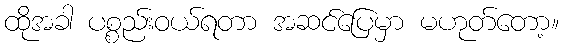
ထိုအခါ ပစ္စည်းဝယ်ရတာ အဆင်ပြေမှာ မဟုတ်တော့။